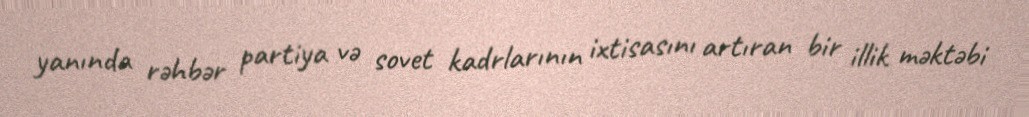
yanında rəhbər partiya və sovet kadrlarının ixtisasını artıran bir illik məktəbi